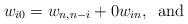
LaTeX: \begin{align*}w_{i0} = w_{n, n-i} + 0 w_{in},\,\,\,\mbox{and}\end{align*}